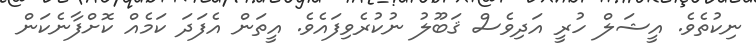
ނިކުތެވެ. އީޝަލް ހުރީ އަދިވެސް ޤަބޫލު ނުކުރެވިފައެވެ. އީތަން އެފަދަ ކަމެއް ކޮށްފާނެކަން